Scottish Education Department, 1920
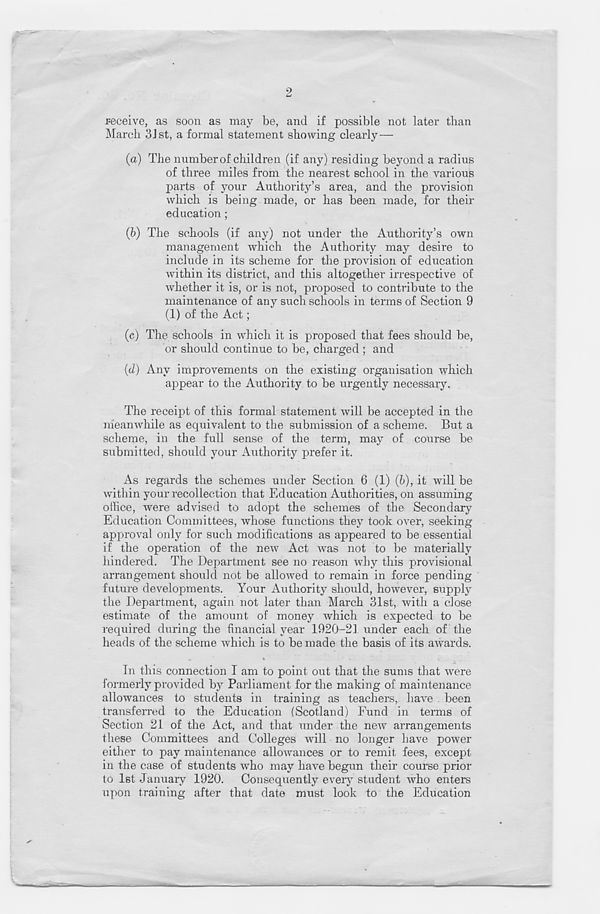
2
receive, as soon as may be, and if possible not later than
March 3Jst, a formal statement showing clearly —
(a) The number of children (if any) residing beyond a radius
of three miles from the nearest school in the various
parts of your Authority’s area, and the provision
which is being made, or has been made, for their
education;
(b) The schools (if any) not under the Authority’s own
management which the Authority may desire to
include in its scheme for the provision of education
within its district, and this altogether irrespective of
whether it is, or is not, proposed to contribute to the
maintenance of any such schools in terms of Section 9
(1) of the Act;
(c) The schools in which it is proposed that fees should be,
or should continue to be, charged ; and
(d) Any improvements on the existing organisation which
appear to the Authority to be urgently necessary.
The receipt of this formal statement will be accepted in the
meanwhile as equivalent to the submission of a scheme. But a
scheme, in the full sense of the term, may of course be
submitted, should your Authority prefer it.
As regards the schemes under Section 6 (1) (b), it will be
within your recollection that Education Authorities, on assuming
office, were advised to adopt the schemes of the Secondary
Education Committees, whose functions they took over, seeking
approval only for such modifications as appeared to be essential
if the operation of the new Act was not to be materially
hindered. The Department see no reason why this provisional
arrangement should not be allowed to remain in force pending
future developments. Your Authority should, however, supply
the Department, again not later than March 31st, with a close
estimate of the amount of money which is expected to be
required during the financial year 1920-21 imder each of the
heads of the scheme which is to be made the basis of its awards.
In this connection I am to point out that the sums that were
formerly provided by Parliament for the making of maintenance
allowances to students in training as teachers, have been
transferred to the Education (Scotland) Fund in terms of
Section 21 of the Act, and that under the new arrangements
these Committees and Colleges will no longer have power
either to pay maintenance allowances or to remit fees, except
in the case of students who may have begun their course prior
to 1st January 1920. Consequently every student who enters
upon training after that date must look to the Education